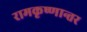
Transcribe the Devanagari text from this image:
रामकृष्णान्तर